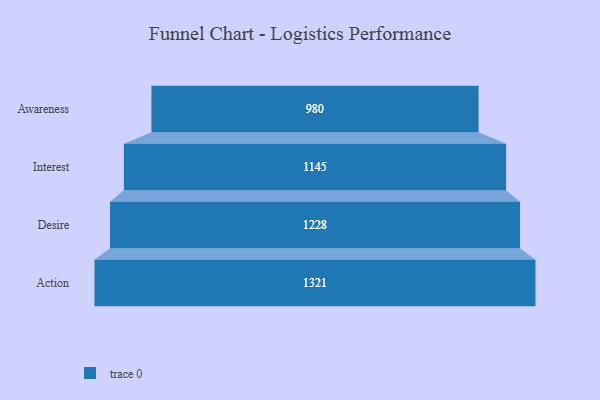
{"axis": {"x": "Stage", "y": "Value"}, "legend": [""], "data": [{"x": "Awareness", "y": 980.0, "type": ""}, {"x": "Interest", "y": 1145.0, "type": ""}, {"x": "Desire", "y": 1228.0, "type": ""}, {"x": "Action", "y": 1321.0, "type": ""}]}